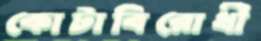
কোটাবিরোধী